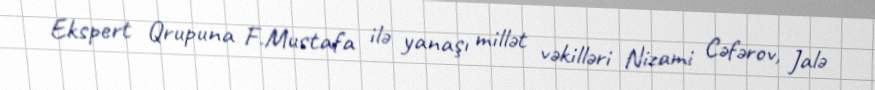
Ekspert Qrupuna F.Mustafa ilə yanaşı millət vəkilləri Nizami Cəfərov, Jalə